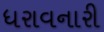
ધરાવનારી